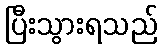
ပြီးသွားရသည်